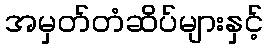
အမှတ်တံဆိပ်များနှင့်